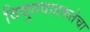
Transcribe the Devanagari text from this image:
विद्युतवाहकतेचा